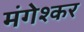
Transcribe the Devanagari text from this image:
मंगेश्कर